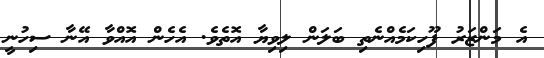
އެ މަންޒަރު ފޫހިކަމެއްނެތި ބަލަން ލިވިޔާ އޮތެވެ. އެހެން އޮއްވާ އޭނާ ސިހުނީ